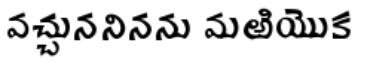
వచ్చుననినను మఱియొక